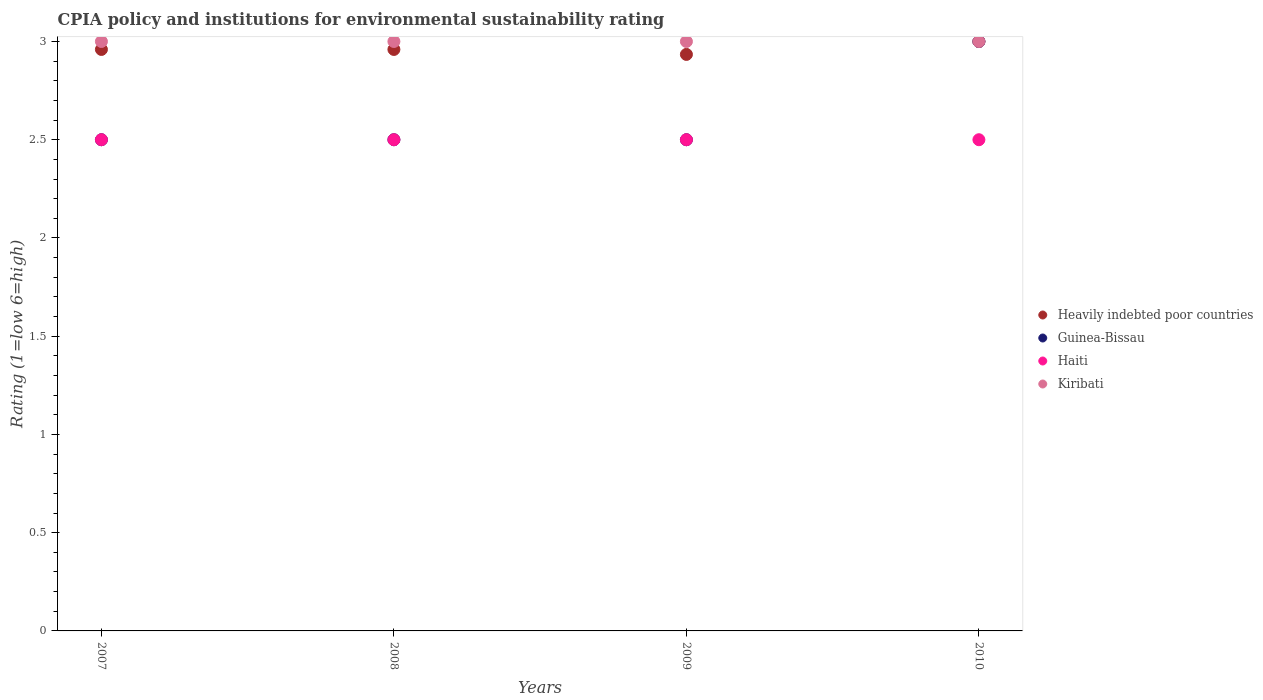
| Years | Heavily indebted poor countries | Guinea-Bissau | Haiti | Kiribati |
 | --- | --- | --- | --- | --- |
 | 2007 | 2.96 | 2.5 | 2.5 | 3 |
 | 2008 | 2.96 | 2.5 | 2.5 | 3 |
 | 2009 | 2.93 | 2.5 | 2.5 | 3 |
 | 2010 | 3 | 3 | 2.5 | 3 |